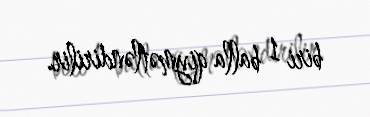
biri 1 balla qiymətləndirilir.